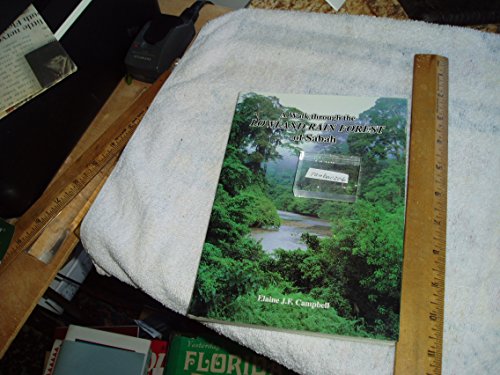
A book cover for A Walk Through the Lowland Rainforest of Sabah; E.J.F. Campbell; Travel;